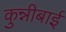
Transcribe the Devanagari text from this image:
कुन्नीबाई